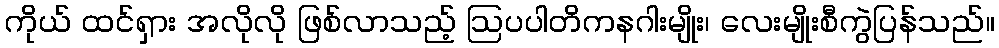
ကိုယ် ထင်ရှား အလိုလို ဖြစ်လာသည့် ဩပပါတိကနဂါးမျိုး၊ လေးမျိုးစီကွဲပြန်သည်။